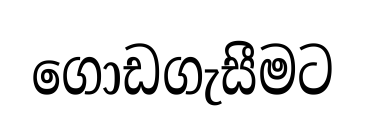
ගොඩගැසීමට